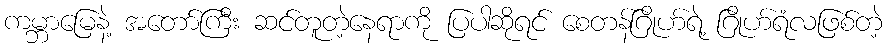
ကမ္ဘာမြေနဲ့ အတော်ကြီး ဆင်တူတဲ့နေရာကို ပြပါဆိုရင် စေတန်ဂြိုဟ်ရဲ့ ဂြိုဟ်ရံလဖြစ်တဲ့